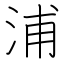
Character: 浦